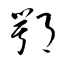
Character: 鄂